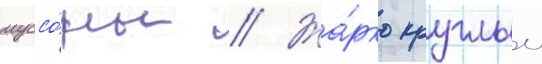
муссо́ны // Жа́рко круглыи